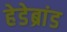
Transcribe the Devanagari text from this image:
हेडेब्रांड